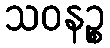
သဝနဉ္စ